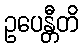
ဥပေန္တီတိ